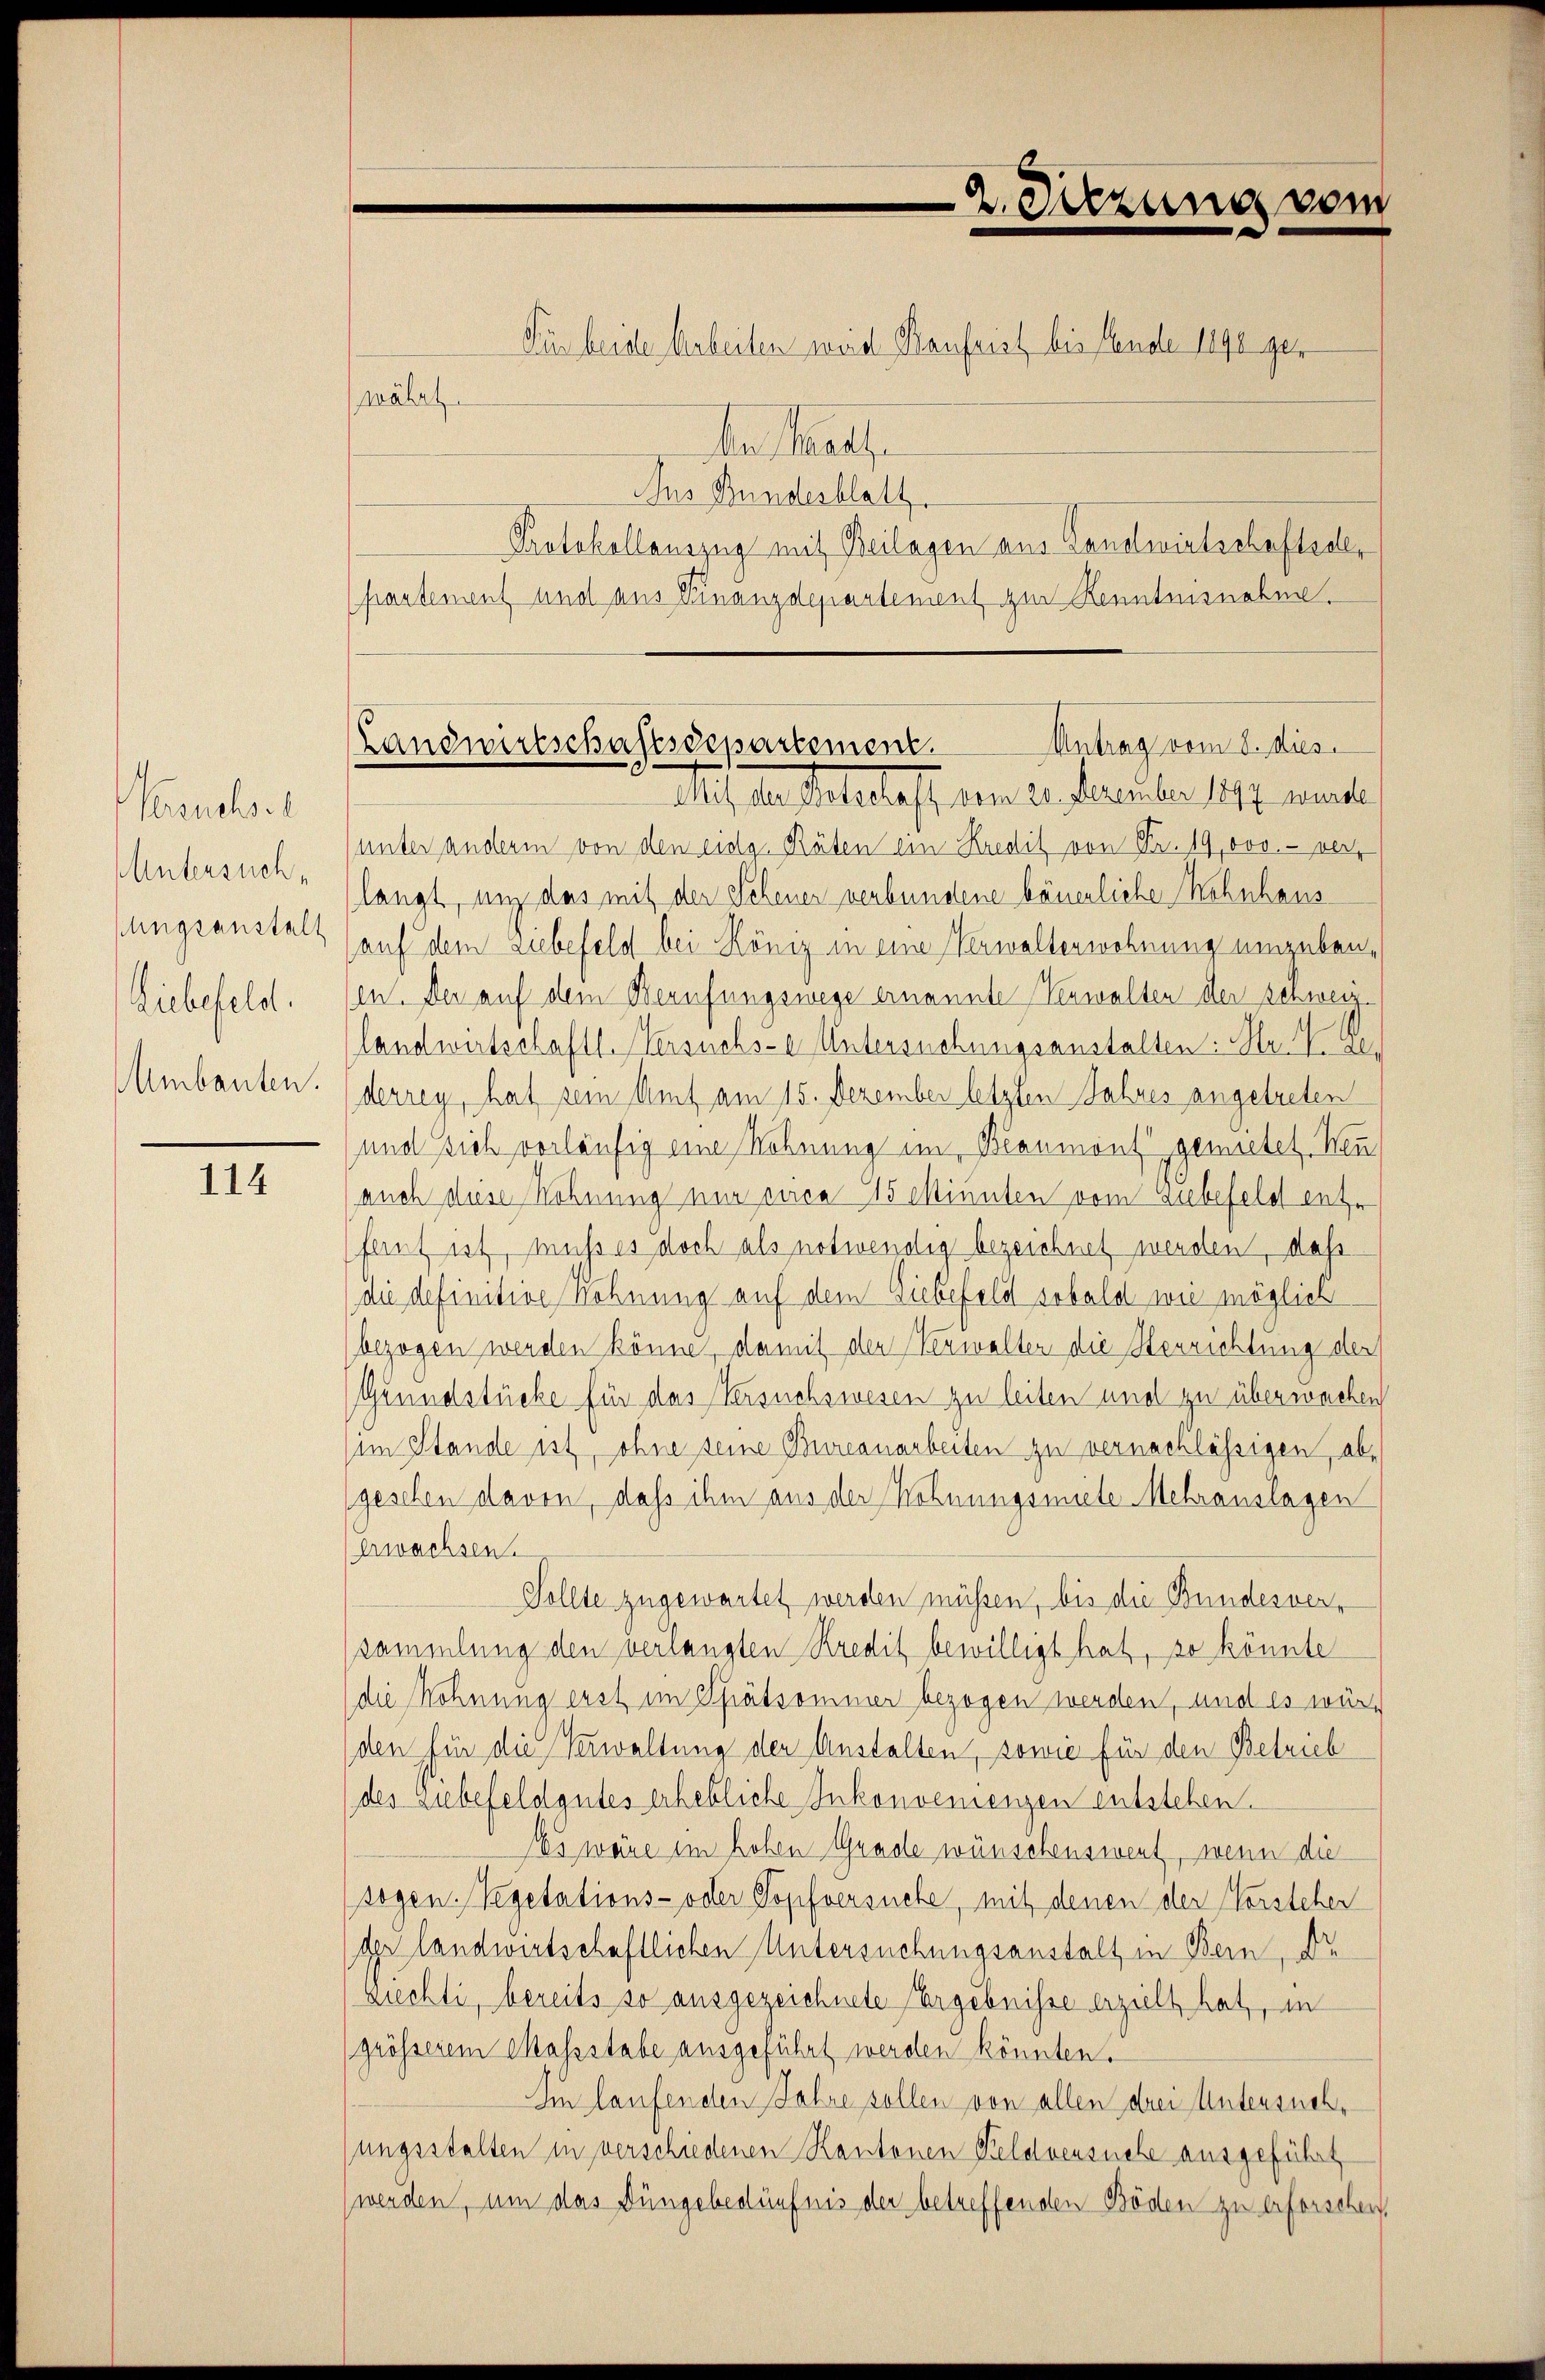
Versuchs
Untersuch.
Mngsanstalt
Liebefeld.
mbauten.

114

währt

der Mart.
Ins Bundesblatt
partement und aus Finanzdepartement zur Kenntnisnahme.

2. Dezung vom

Für beide Arbeiten weid Baufrist bis Ende 1890 ger
Protokollauszug mit Beilagen aus Landwirtschaftsa¬

Antrag vom 8. dies
Landwirtschaftsdepartement.
Auch Massatelaff vom 2. December 1871 mit

unter anderm von den eidg. Räten ein Kredit von Fr. 19,000.- verlangt, und das mit der Scheuer verbundene bäuerliche Wohnhaus
auf dem Liebefeld bei König in eine Verwalterwohnung umgebenen. Der auf dem Berufungswege ernannte Verwalten der Schweizlandwirtschafts-Versuchs-er Untersuchungsanstalten. Hr. N. Z.
derrey, hat sein Amt am 15. Dezember letzten Jahres angetreten
und sich vorläufig eine Wohnung im Beaumont gemietet. Wen
auch diese Wohnung nur circa 115 einnten vom Gubefele entr
fant ist, muss es doch als notwendig bezeichnet werden, daß
(die definitive Wohnung auf dem Diebefeld sobald wie möglich
bezogen werden könne, damit der Verwalter die Herrichtung der
Grundstücke für das Versuchswesen zu leiten und zu überwachen
im Stande ist, ohne seine Bureanarbeiten zu vernachlässigen, abgeschen davon, daß ihm aus der Wohnungsmiete Mehranslagen
Erwachsen
Sollte zugewartet werden müssen, bis die Bundesversammlung den verlangten Kredit bewilligt hat, so könnte
(die Wohnung erst im Pfätsommer bezogen werden, und es würden für die Verwaltung der Anstalten, sowie für den Betrieb
des Zubefeldgutes erhebliche Inkonvenienzen entstehen.
Des wäre im hohen Grade wünschenswert, wenn die
sogen: Vegetations- oder Kopfversuche, mit denen der Vorsteher
dh Landwirtschaftlichen Untersuchungsanstalt in Bern, Dr
ziechti, bereits so ausgezeichnete Ergebnisse erzielt hat, in
grösserem Massstabe ausgeführt werden könnten.
Iin laufenden Jahre sollen von allen drei Untersuchsungsstalten in verschiedenen Kantonen Feldversuche ausgeführt
werden, um das Düngebedürfnis der betreffenden Böden zu erforschen,